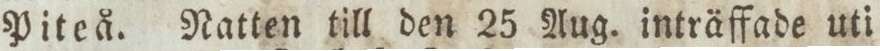
Piteå. Natten till den 25 Aug. inträffade uti